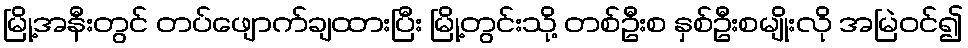
မြို့အနီးတွင် တပ်ဖျောက်ချထားပြီး မြို့တွင်းသို့ တစ်ဦးစ နှစ်ဦးစမျိုးလို အမြဲဝင်၍